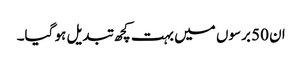
ان 50 برسوں میں بہت کچھ تبدیل ہو گیا۔